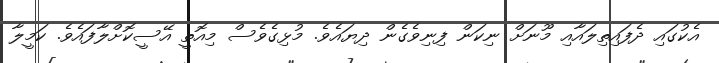
އެކުގައި ދެފައިތިލައާއި މޫނަށް ނިކަން ފިނިވެގެން ދިޔައެވެ. މުޅިގެވެސް މިއޮތީ އޭސީކޮށްލާފައެވެ. ކަމީލާ